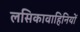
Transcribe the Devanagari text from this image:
लसिकावाहिनियों